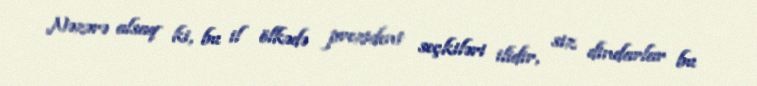
Nəzərə alsaq ki, bu il ölkədə prezident seçkiləri ilidir, siz dindarlar bu